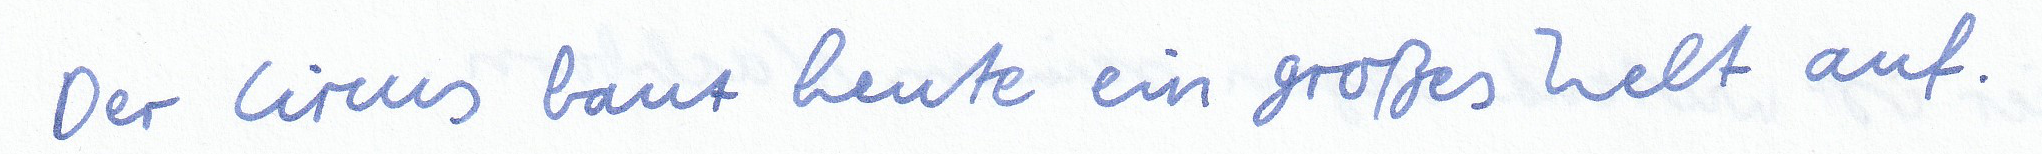
Der Circus baut heute ein großes Zelt auf.